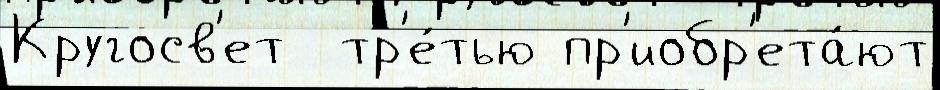
Кругосв'ет  тр'е́тью пр'иобр'ета́ют